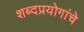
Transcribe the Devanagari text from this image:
शब्दप्रयोगांचे